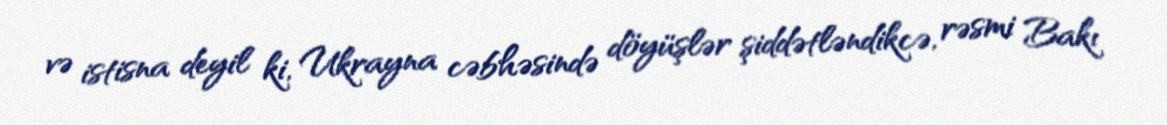
və istisna deyil ki, Ukrayna cəbhəsində döyüşlər şiddətləndikcə, rəsmi Bakı